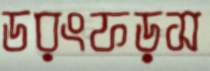
ডরংফড়স